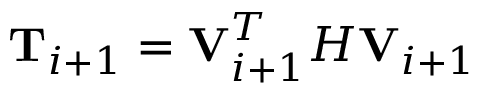
\mathbf { T } _ { i + 1 } = \mathbf { V } _ { i + 1 } ^ { T } H \mathbf { V } _ { i + 1 }